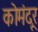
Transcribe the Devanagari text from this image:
कोमंदूर